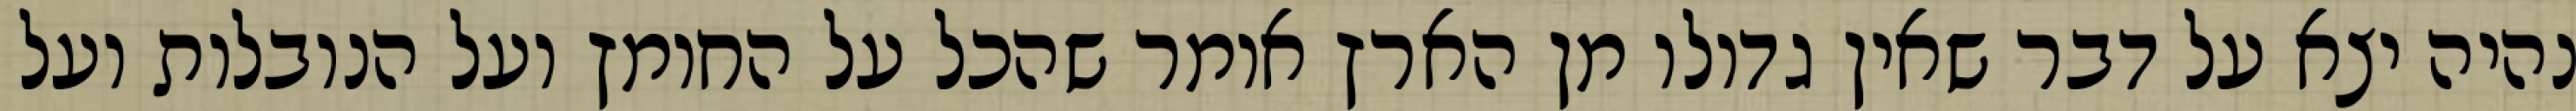
נהיה יצא על דבר שאין גדולו מן הארץ אומר שהכל על החומץ ועל הנובלות ועל